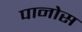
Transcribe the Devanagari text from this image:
पानोस